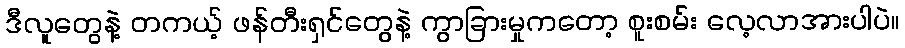
ဒီလူတွေနဲ့ တကယ့် ဖန်တီးရှင်တွေနဲ့ ကွာခြားမှုကတော့ စူးစမ်း လေ့လာအားပါပဲ။